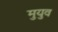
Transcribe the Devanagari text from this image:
मुयुव